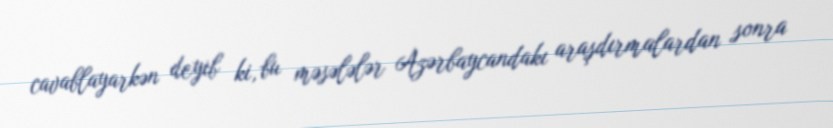
cavablayarkən deyib ki, bu məsələlər Azərbaycandakı araşdırmalardan sonra